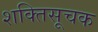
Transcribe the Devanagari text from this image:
शक्तिसूचक